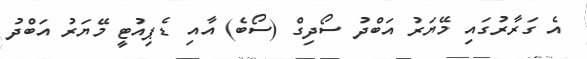
އެ ގަރާރުގައި މޭޔަރު އަބްދު ސޯދިގް (ސޯބެ) އާއި ޑެޕިއުޓީ މޭޔަރު އަބްދު